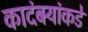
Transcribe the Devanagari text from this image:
कादंबर्‍यांकडे